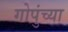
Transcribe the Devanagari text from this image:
गोपुंच्या